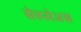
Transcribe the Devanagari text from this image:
सेरुलेअस